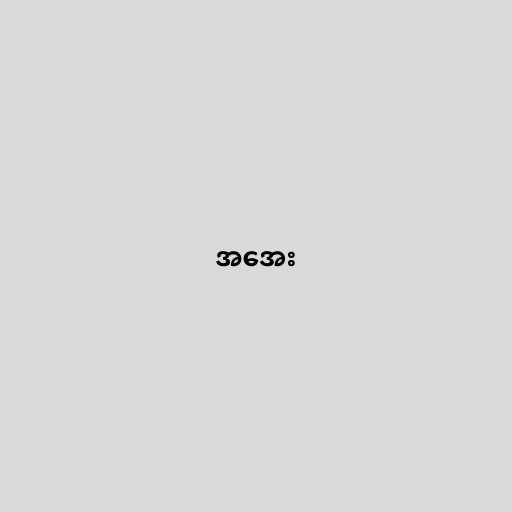
အအေး